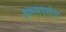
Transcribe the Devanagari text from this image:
इध्मस्वचवर्धस्व